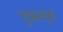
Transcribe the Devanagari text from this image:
एआरएस